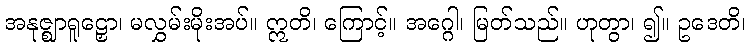
အနုဇ္ဈာရူဠှော၊ မလွှမ်းမိုးအပ်။ ဣတိ၊ ကြောင့်။ အဂ္ဂေါ၊ မြတ်သည်။ ဟုတွာ၊ ၍။ ဥဒေတိ၊